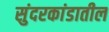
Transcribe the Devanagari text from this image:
सुंदरकांडातील